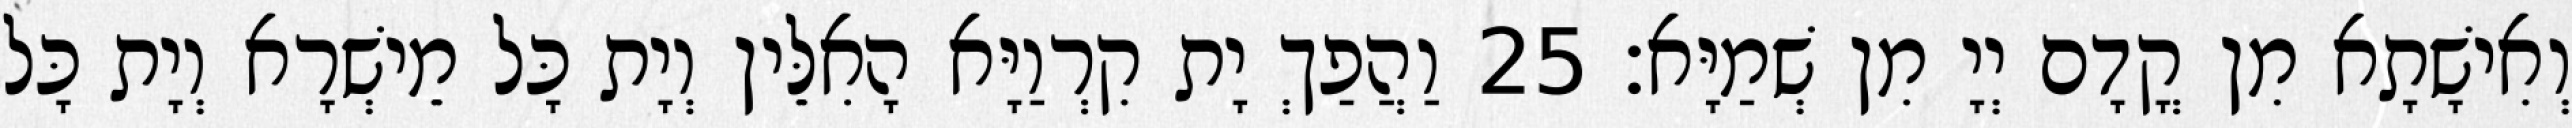
וְאִישָׁתָא מִן קֳדָם יְיָ מִן שְׁמַיָּא׃ 25 וַהֲפַךְ יָת קִרְוַיָּא הָאִלֵּין וְיָת כָּל מֵישְׁרָא וְיָת כָּל